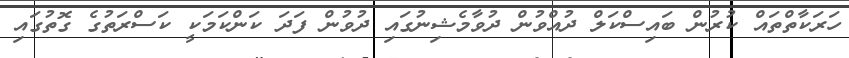
ހަރަކާތްތައް ކުރުން ބައިސްކަލް ދުއްވުން ދުވާމެޝިނުގައި ދުވުން ފަދަ ކަންކަމަކީ ކަސްރަތުގެ ގޮތުގައި